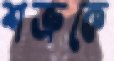
শত্রুকে